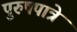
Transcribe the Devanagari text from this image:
पुरुषपात्रे